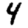
Digit: 4